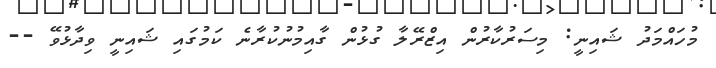
މުހައްމަދު ޝައިނީ: މިސަރުކާރުން އިޒްރޭލާ ގުޅުން ގާއިމުނުކުރާނެ ކަމުގައި ޝައިނީ ވިދާޅުވޭ --